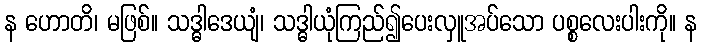
န ဟောတိ၊ မဖြစ်။ သဒ္ဓါဒေယျံ၊ သဒ္ဓါယုံကြည်၍ပေးလှူအပ်သော ပစ္စလေးပါးကို။ န